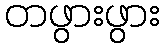
တဖွားဖွား